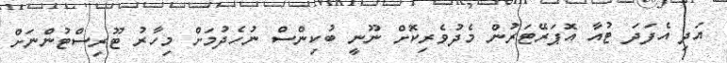
އަދި އެފަދަ ޓުއާ އޮޕަރޭޓަރުން މެދުވެރިކޮށް ނޫނީ ބުކިންސް ނުހެދުމަށް މިހާރު ޓޫރިސްޓުންނަށް